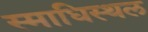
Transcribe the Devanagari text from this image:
स्माधिस्थल